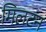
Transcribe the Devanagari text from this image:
मिलटन